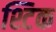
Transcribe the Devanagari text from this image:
श्टिक